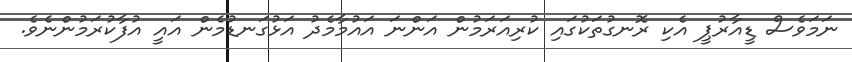
ނަމަވެސް ޑީއާރުޕީ އެކި ރޮނގުތަކުގައި ކުރިއަރަމުން އަންނަ އައުމާމެދު އަޅުގަނޑުމެން އައީ އުފާކުރަމުންނެވެ.